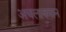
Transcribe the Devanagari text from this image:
अचलायमान